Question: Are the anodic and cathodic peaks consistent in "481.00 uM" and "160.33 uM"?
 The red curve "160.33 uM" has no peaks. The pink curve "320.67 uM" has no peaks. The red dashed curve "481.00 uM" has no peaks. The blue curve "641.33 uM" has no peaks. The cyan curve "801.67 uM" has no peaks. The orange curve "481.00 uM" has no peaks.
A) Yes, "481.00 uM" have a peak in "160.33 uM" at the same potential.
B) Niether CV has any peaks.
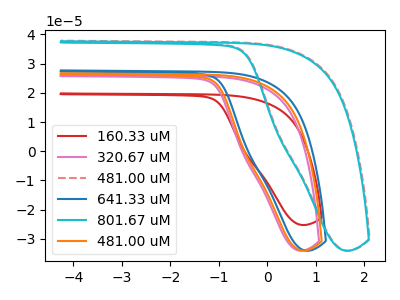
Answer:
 <answer>B) Niether CV has any peaks.</answer>
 <eval>B</eval>